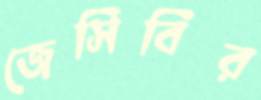
জেসিবির